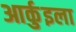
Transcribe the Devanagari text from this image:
आर्कुइला